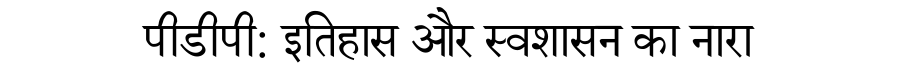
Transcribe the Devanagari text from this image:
पीडीपी: इतिहास और स्वशासन का नारा